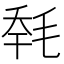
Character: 𣭹